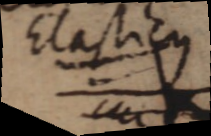
Elasticus